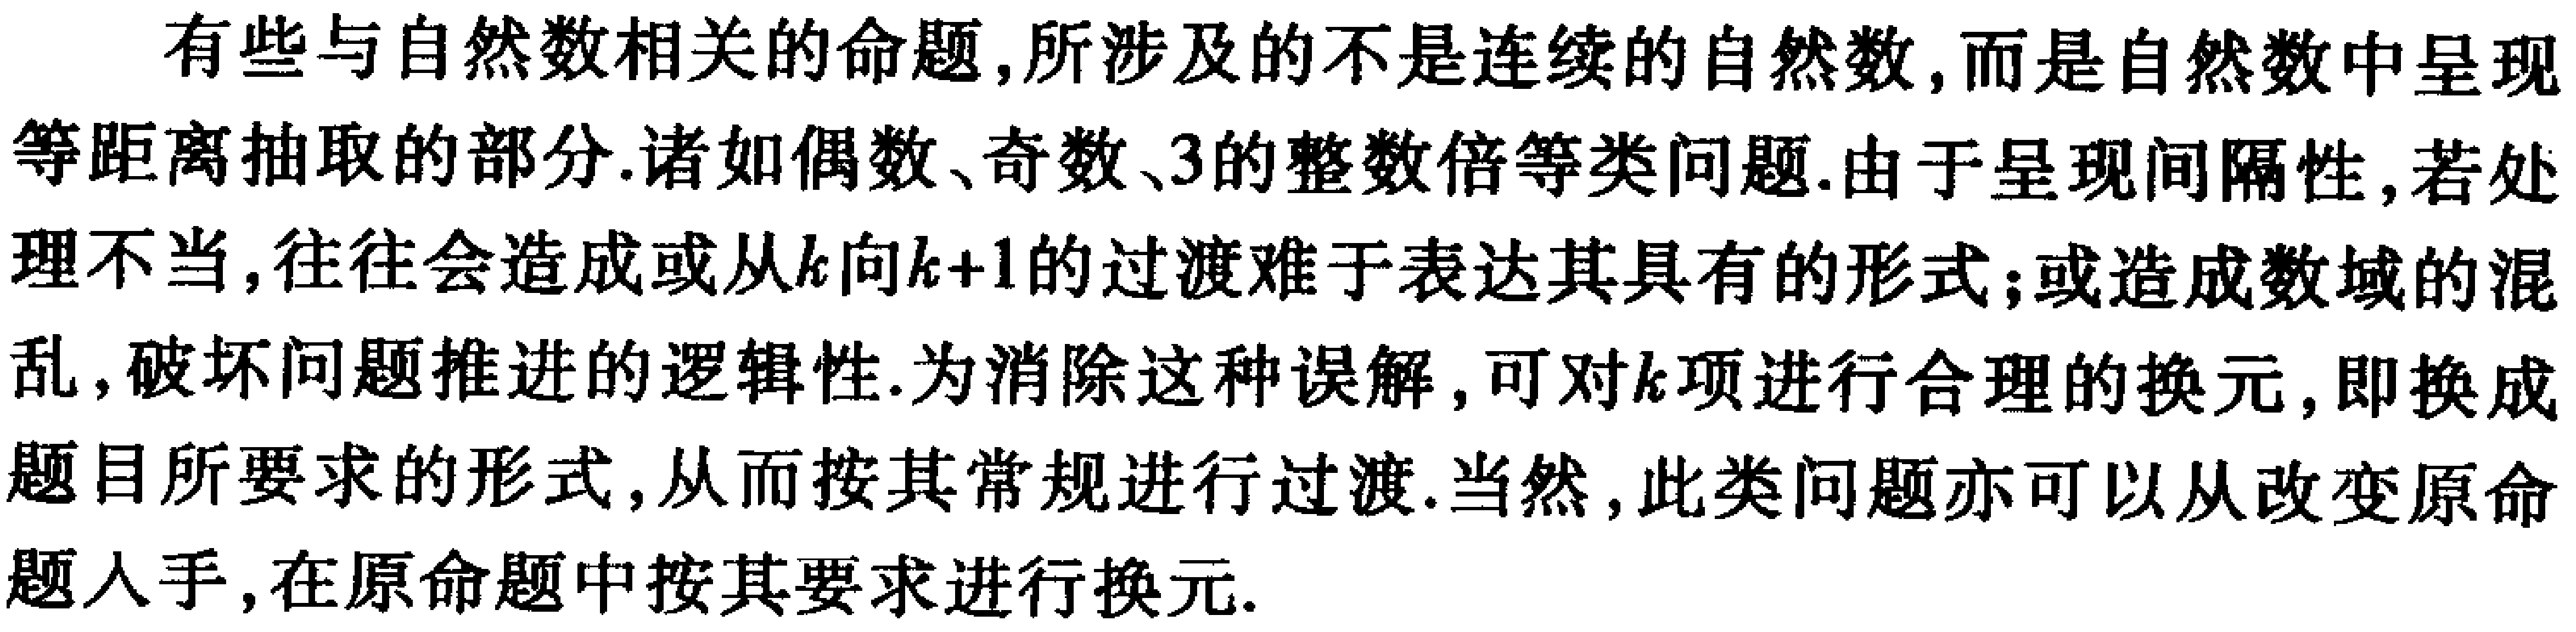
有些与自然数相关的命题,所涉及的不是连续的自然数,而是自然数中呈现等距离抽取的部分.诸如偶数、奇数、3的整数倍等类问题.由于呈现间隔性,若处理不当,往往会造成或从\(k\)向\(k + 1\)的过渡难于表达其具有的形式;或造成数域的混乱,破坏问题推进的逻辑性.为消除这种误解,可对\(k\)项进行合理的换元,即换成题目所要求的形式,从而按其常规进行过渡.当然,此类问题亦可以从改变原命题入手,在原命题中按其要求进行换元.